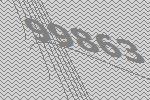
99863